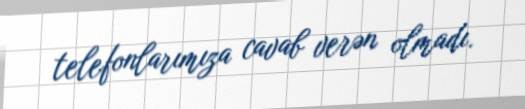
telefonlarımıza cavab verən olmadı.